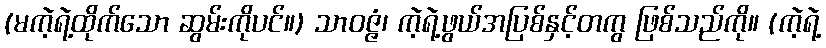
(မကဲ့ရဲ့ထိုက်သော ဆွမ်းကိုပင်။) သာဝဇ္ဇံ၊ ကဲ့ရဲ့ဖွယ်အပြစ်နှင့်တကွ ဖြစ်သည်ကို။ (ကဲ့ရဲ့